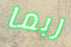
ربما